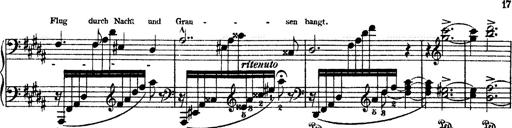
Title: O du mein holder Abendstern
Composer: Franz Liszt